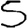
Digit: 5